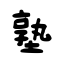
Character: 塾